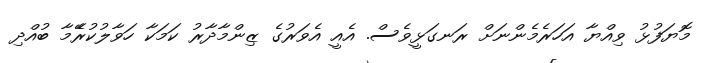
މޮޔަފުޅު ވިއްޔާ އަހަރެމެންނަށް ރަނގަޅީވެސް. އެއީ އެވަރުގެ ޒިންމާދާރު ކަމަކާ ހަވާލުކުރޭެމާ ބުއްދި